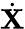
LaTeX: {\dot{\mathbf X}}